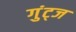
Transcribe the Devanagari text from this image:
गुंट्ज